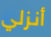
أنزلي